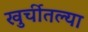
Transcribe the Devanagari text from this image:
खुर्चीतल्या